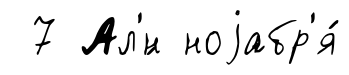
7 Ал'́н ноjабр'я́